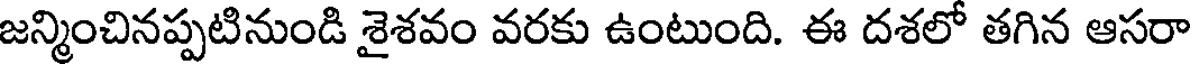
జన్మించినప్పటినుండి శైశవం వరకు ఉంటుంది. ఈ దశలో తగిన ఆసరా